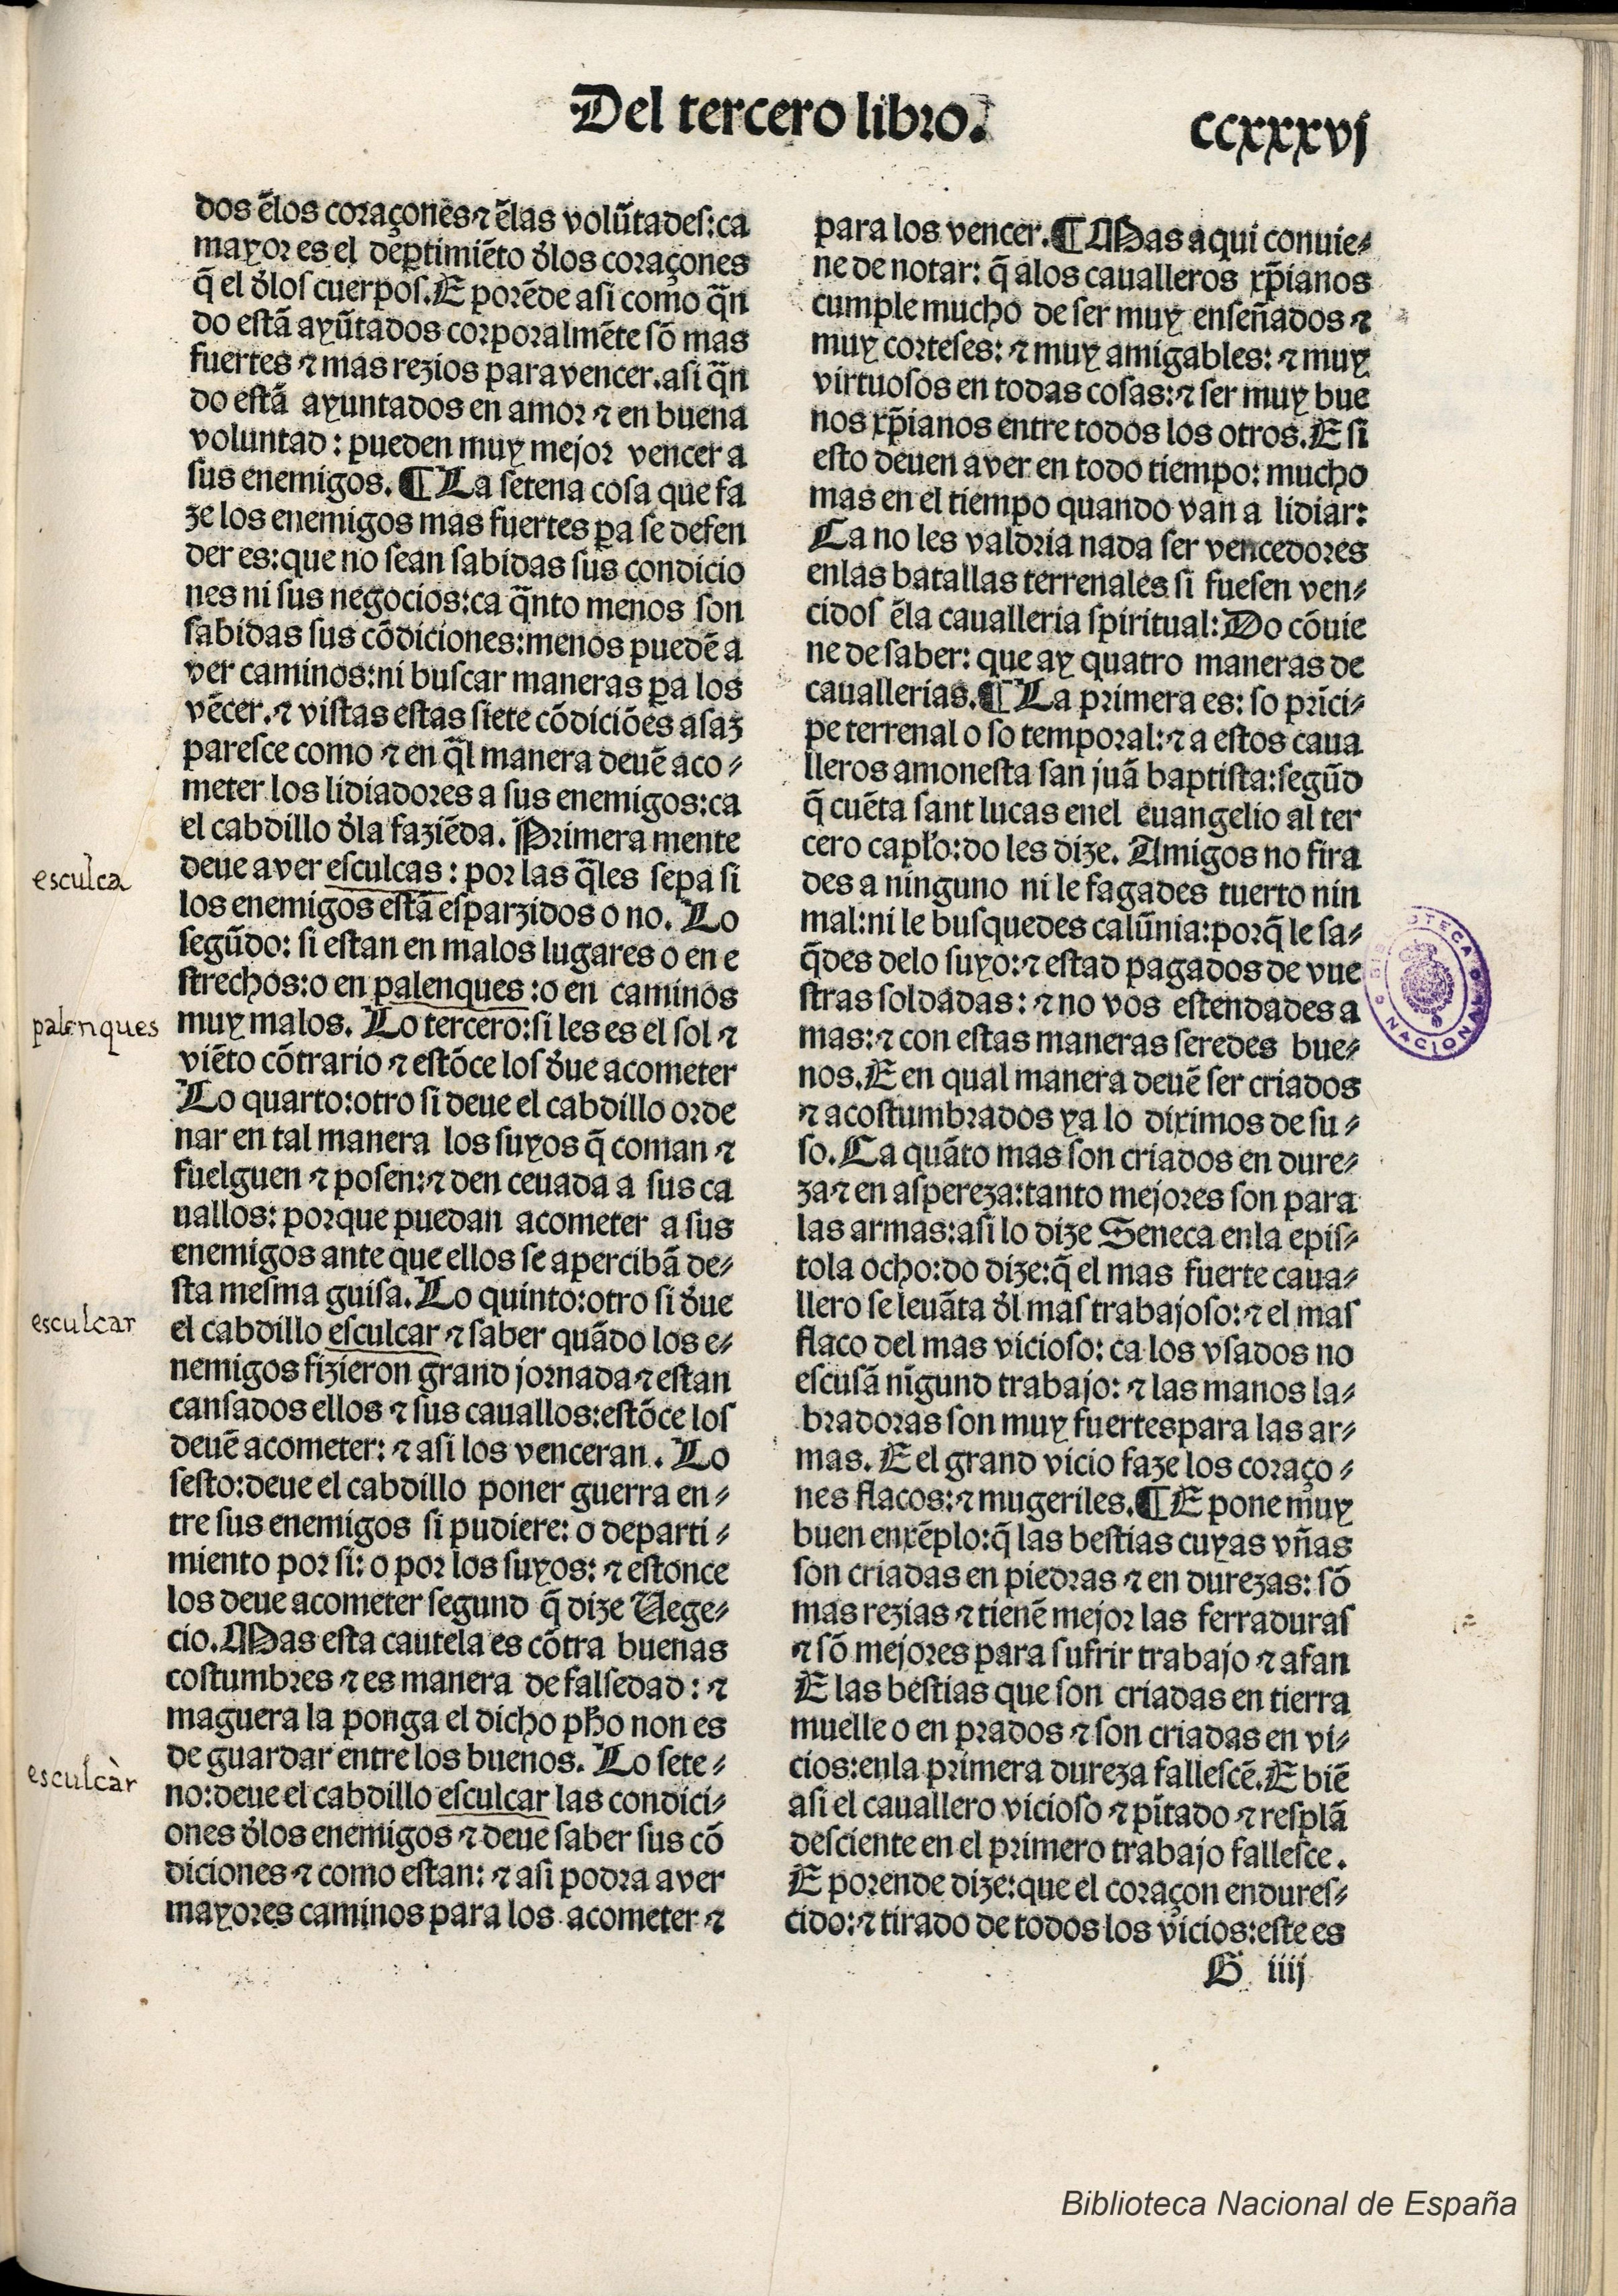
Shelfmark: Madrid, BNE, Inc. 901
Century: 15